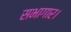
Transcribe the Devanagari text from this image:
सभागार।